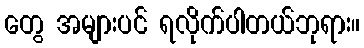
တွေ အများပင် ရလိုက်ပါတယ်ဘုရား။